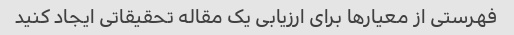
فهرستی از معیارها برای ارزیابی یک مقاله تحقیقاتی ایجاد کنید